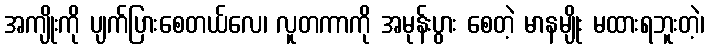
အကျိုးကို ပျက်ပြားစေတယ်လေ၊ လူတကာကို အမုန်းပွား စေတဲ့ မာနမျိုး မထားရဘူးတဲ့၊